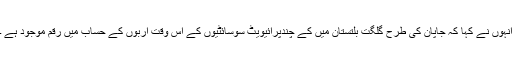
انہوں نے کہا کہ جاپان کی طرح گلگت بلتستان میں کے چندپرائیویٹ سوسائٹیوں کے اس وقت اربوں کے حساب میں رقم موجود ہے ۔